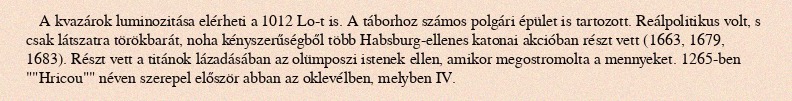
A kvazárok luminozitása elérheti a 1012 Lo-t is. A táborhoz számos polgári épület is tartozott. Reálpolitikus volt, s csak látszatra törökbarát, noha kényszerűségből több Habsburg-ellenes katonai akcióban részt vett (1663, 1679, 1683). Részt vett a titánok lázadásában az olümposzi istenek ellen, amikor megostromolta a mennyeket. 1265-ben ""Hricou"" néven szerepel először abban az oklevélben, melyben IV.